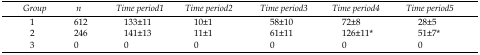
<table><thead><tr><td><b><i>Group</i></b></td><td><b><i>n</i></b></td><td><b><i>Time period1</i></b></td><td><b><i>Time period2</i></b></td><td><b><i>Time period3</i></b></td><td><b><i>Time period4</i></b></td><td><b><i>Time period5</i></b></td></tr></thead><tbody><tr><td>1</td><td>612</td><td>133±11</td><td>10±1</td><td>58±10</td><td>72±8</td><td>28±5</td></tr><tr><td>2</td><td>246</td><td>141±13</td><td>11±1</td><td>61±11</td><td>126±11*</td><td>51±7*</td></tr><tr><td>3</td><td>0</td><td>0</td><td>0</td><td>0</td><td>0</td><td>0</td></tr></tbody></table>